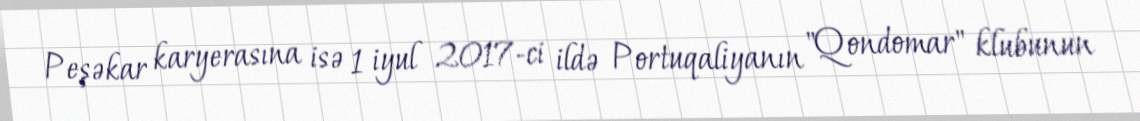
Peşəkar karyerasına isə 1 iyul 2017-ci ildə Portuqaliyanın "Qondomar" klubunun